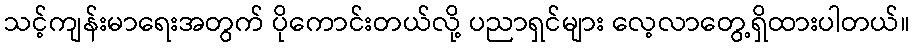
သင့်ကျန်းမာရေးအတွက် ပိုကောင်းတယ်လို့ ပညာရှင်များ လေ့လာတွေ့ရှိထားပါတယ်။